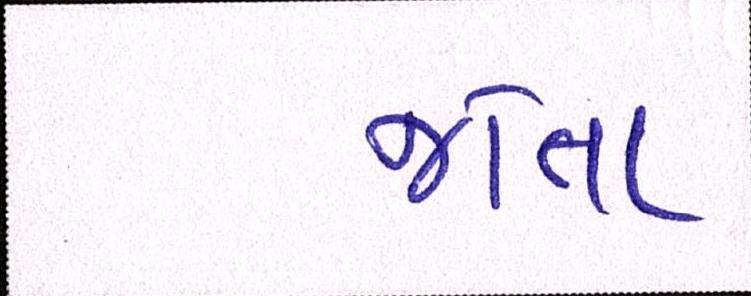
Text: જોતા